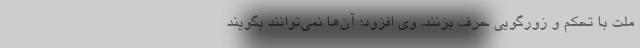
ملت با تحکم و زورگویی حرف بزنند. وی افزود: آن‌ها نمی‌توانند بگویند